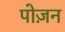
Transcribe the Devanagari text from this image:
पोज़न